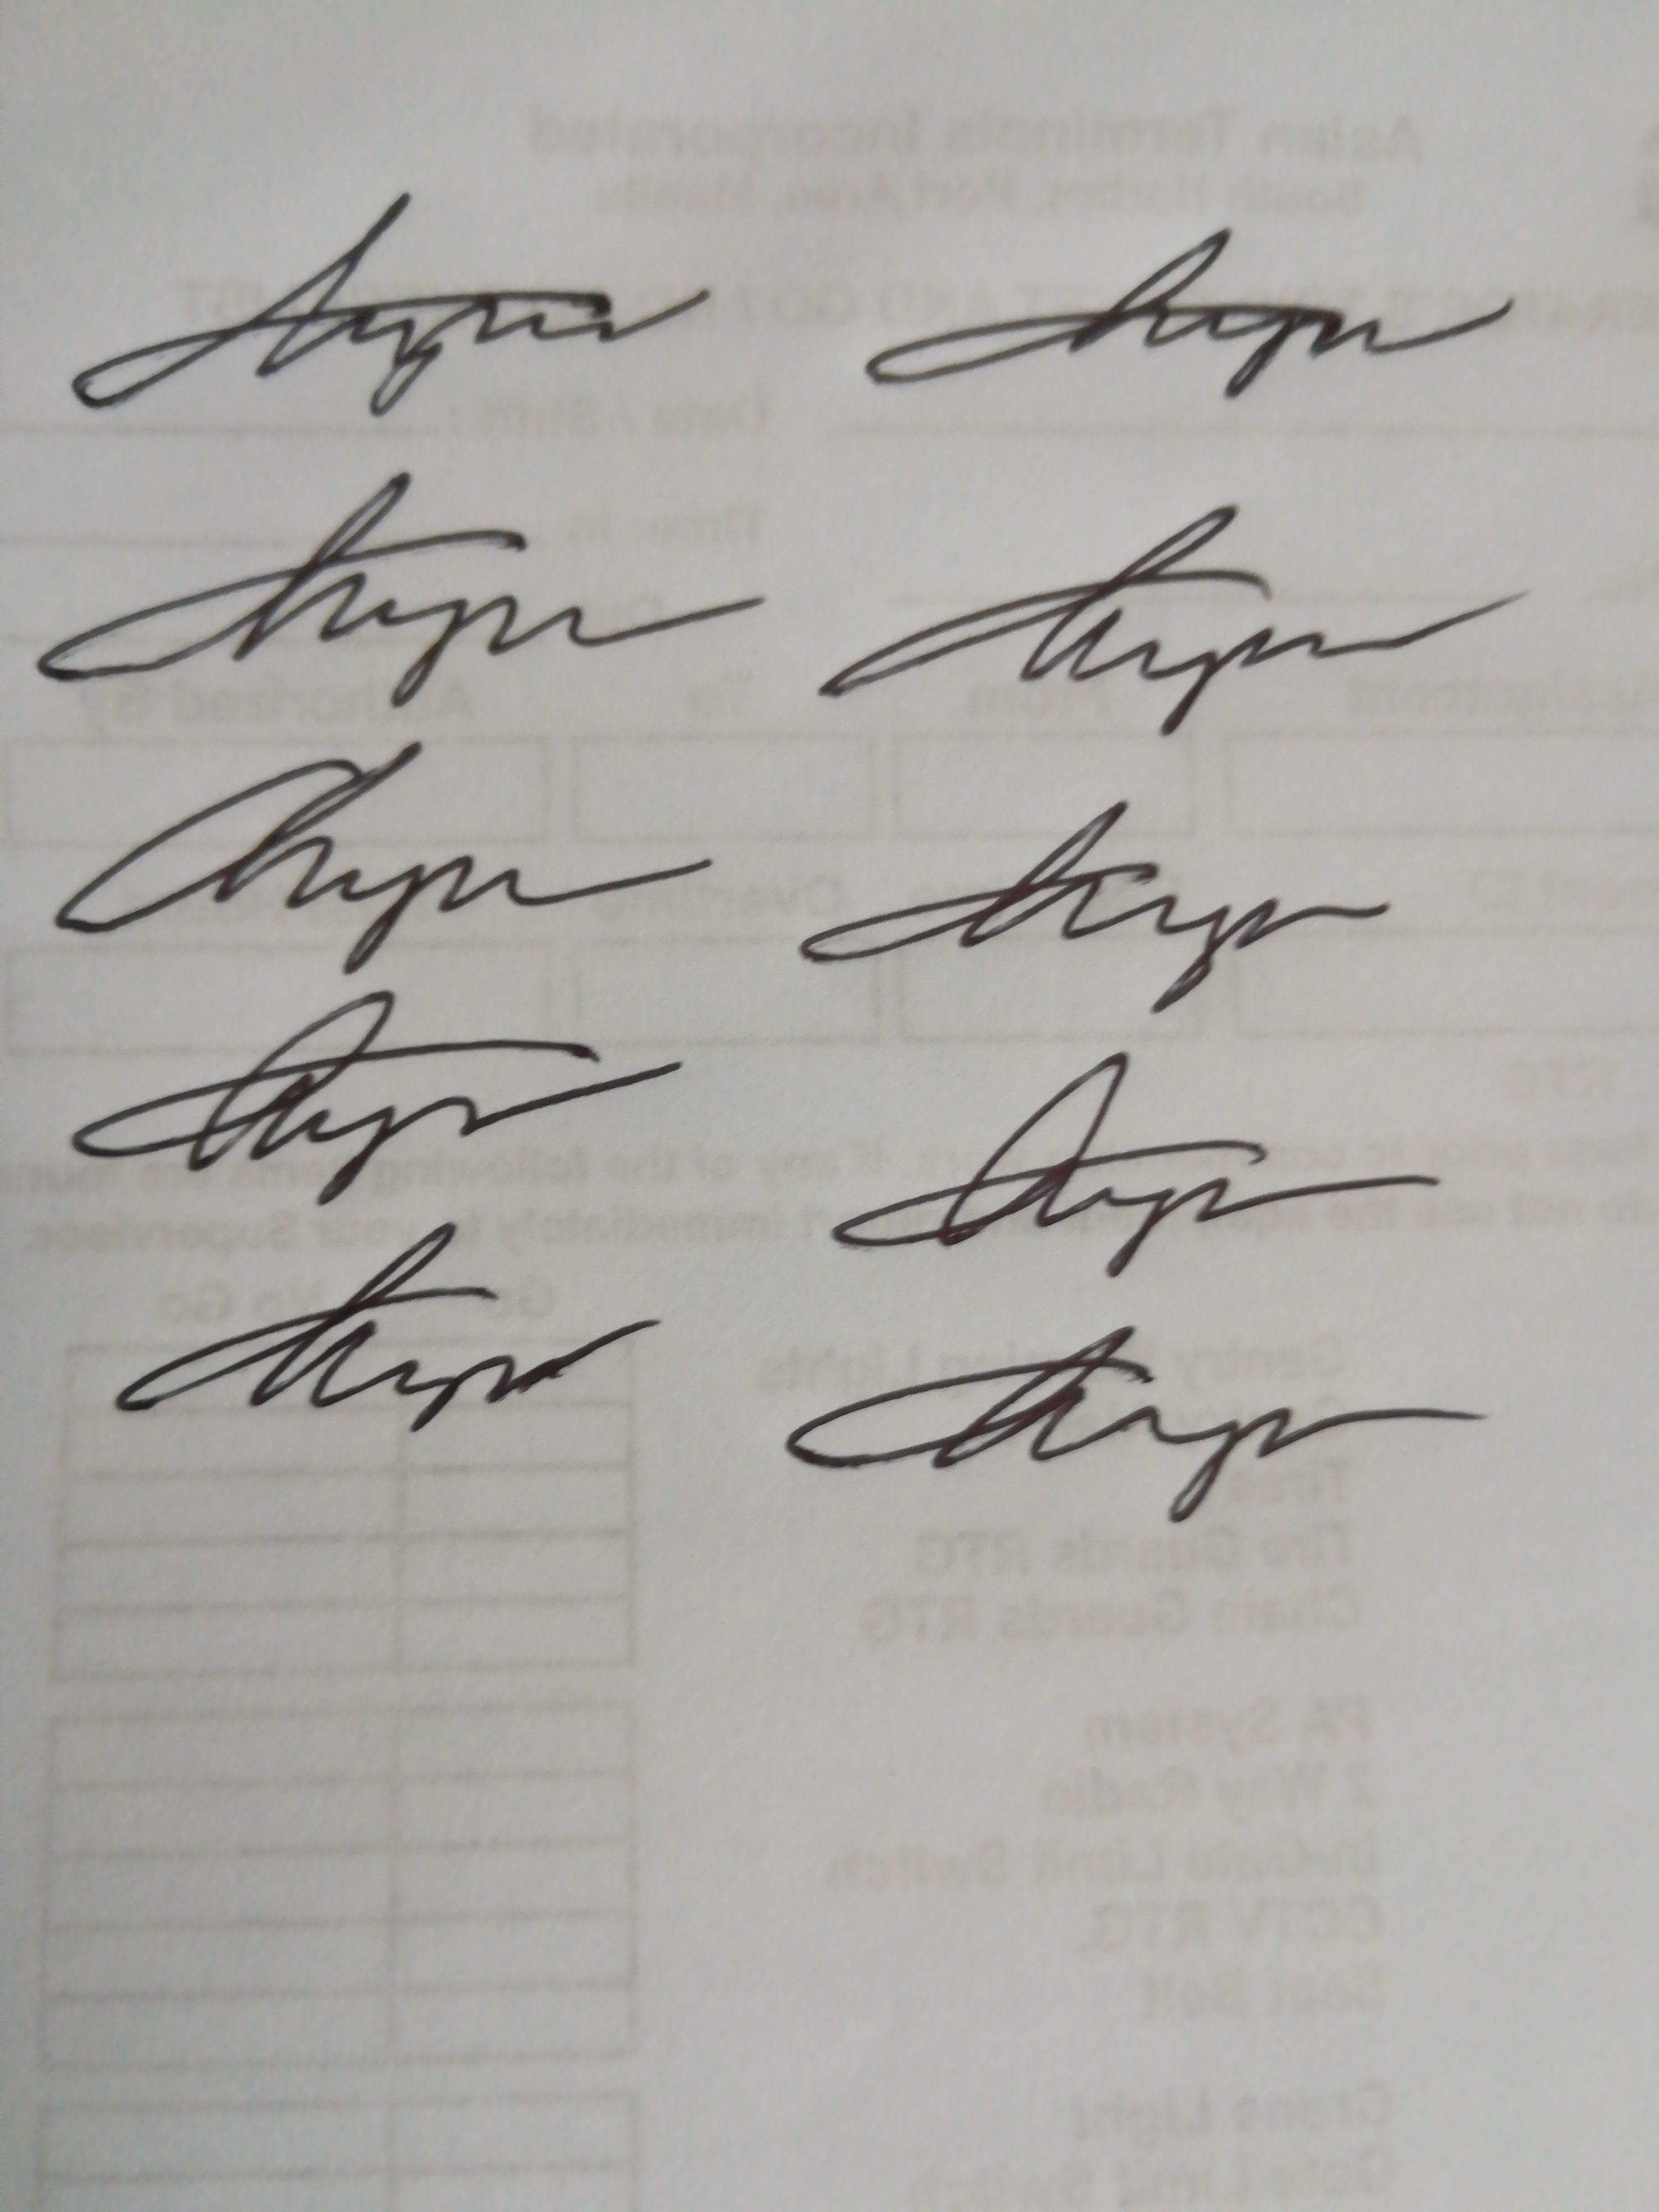
Signature authenticity: genuine